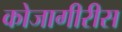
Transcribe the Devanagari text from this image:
कोजागीरीस